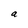
Character: a